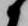
候